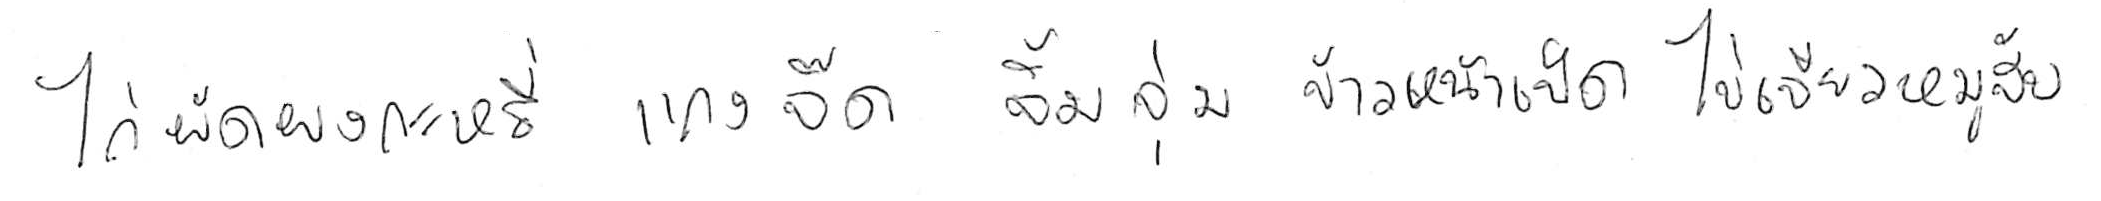
ไก่ผัดผงกะหรี่ แกงจืด จิ้มจุ่ม ข้าวหน้าเป็ด ไข่เจียวหมูสับ